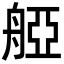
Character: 𦩒